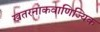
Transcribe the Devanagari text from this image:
खतरनाकवाणिज्यिक